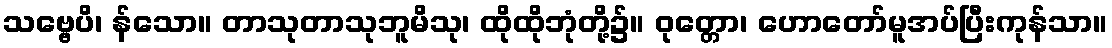
သဗ္ဗေပိ၊ န်သော။ တာသုတာသုဘူမိသု၊ ထိုထိုဘုံတို့၌။ ဝုတ္တော၊ ဟောတော်မူအပ်ပြီးကုန်သာ။